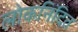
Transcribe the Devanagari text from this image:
लोकनिंदित